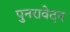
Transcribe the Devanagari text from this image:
पुनरावेदन